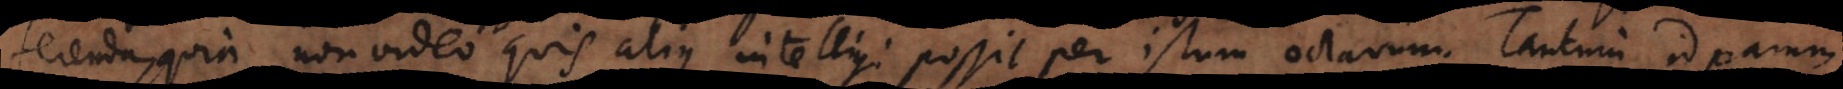
ferenda, quia non video quis alius intelligi possit per istum octavum. Tantum id parum